Civil Veterinary Dept. North-West Frontier Province 1901-22 - 1901-1922
Year: 1901
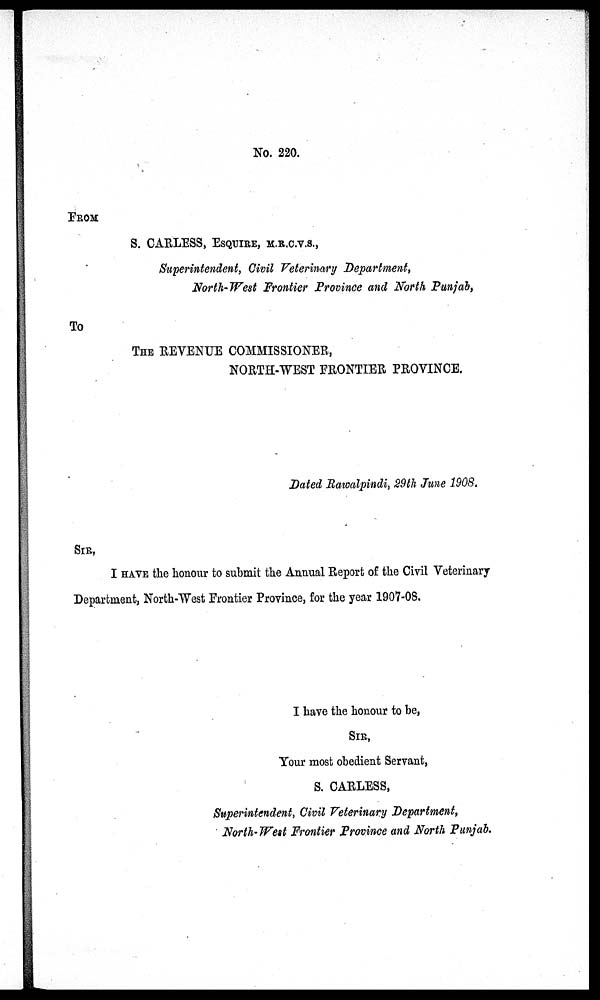
No. 220.
FROM
S. CARLESS, ESQUIRE, M.R.C.V.S.,
Superintendent, Civil Veterinary Department,
North-West Frontier Province and North Punjab,
To
THE REVENUE COMMISSIONER,
NORTH-WEST FRONTIER PROVINCE.
Dated Rawalpindi, 29th June 1908,
SIR,
I HAVE the honour to submit the Annual Report of the Civil Veterinary
Department, North-West Frontier Province, for the year 1907-08.
I have the honour to be,
SIR,
Your most obedient Servant,
S. CARLESS,
Superintendent, Civil Veterinary Department,
North-West Frontier Province and North Punjab.